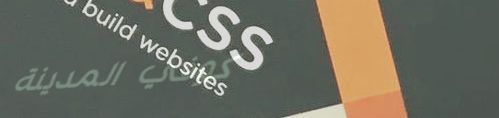
كوفي المدينة